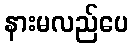
နားမလည်ပေ